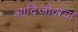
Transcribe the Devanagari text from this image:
आदिजीवांचा